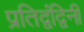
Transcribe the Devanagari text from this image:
प्रतिद्वंद्विनी